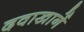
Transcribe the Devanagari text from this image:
दवाखानें